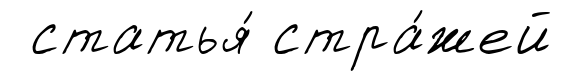
статья́ стра́жей